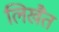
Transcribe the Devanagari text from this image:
लिखैत